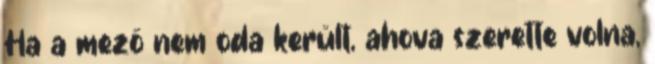
Ha a mező nem oda került, ahova szerette volna,